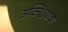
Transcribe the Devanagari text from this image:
अक्खियावा